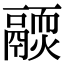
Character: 𩱊